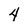
Character: 4